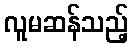
လူမဆန်သည့်